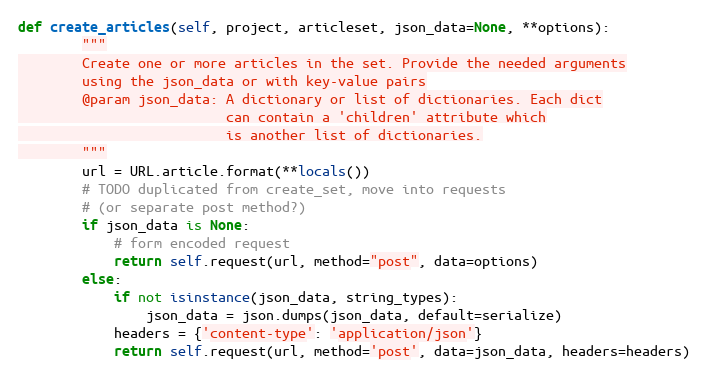
Language: Python
def create_articles(self, project, articleset, json_data=None, **options):
        """
        Create one or more articles in the set. Provide the needed arguments
        using the json_data or with key-value pairs
        @param json_data: A dictionary or list of dictionaries. Each dict
                          can contain a 'children' attribute which
                          is another list of dictionaries.
        """
        url = URL.article.format(**locals())
        # TODO duplicated from create_set, move into requests
        # (or separate post method?)
        if json_data is None:
            # form encoded request
            return self.request(url, method="post", data=options)
        else:
            if not isinstance(json_data, string_types):
                json_data = json.dumps(json_data, default=serialize)
            headers = {'content-type': 'application/json'}
            return self.request(url, method='post', data=json_data, headers=headers)